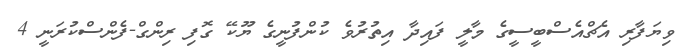
ވިޔަފާރި އެޗްއެސްބީސީގެ މާލީ ފައިދާ އިތުރުވެ ކުންފުނީގެ ޔޫކޭ ގޮފި ރިންގް-ފެންސްކުރަނީ 4